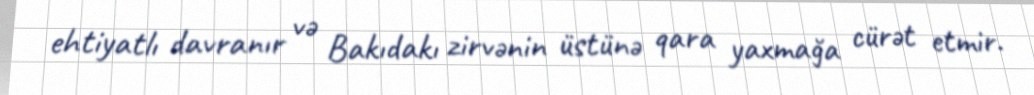
ehtiyatlı davranır və Bakıdakı zirvənin üstünə qara yaxmağa cürət etmir.